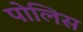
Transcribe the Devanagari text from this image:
पोलिस